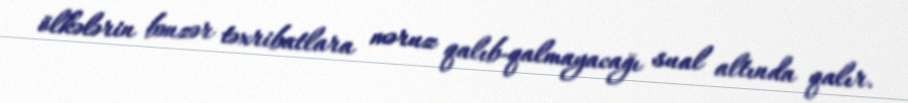
ölkələrin bənzər təxribatlara məruz qalıb-qalmayacağı sual altında qalır.